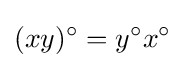
(xy)^{\circ }=y^{\circ }x^{\circ }